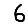
Digit: 6